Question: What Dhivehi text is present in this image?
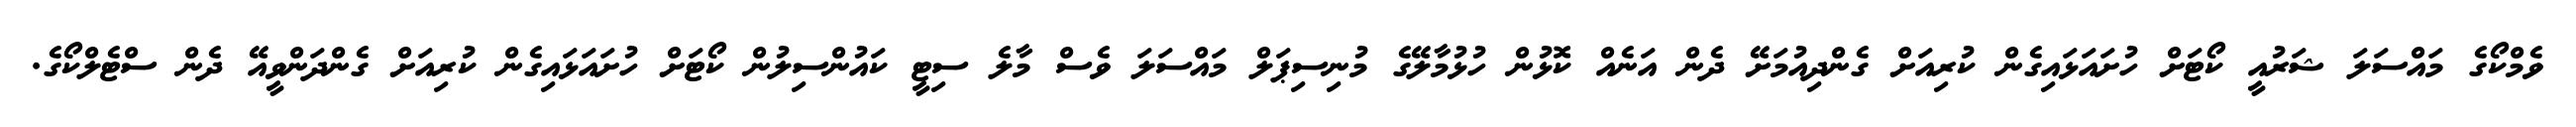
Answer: ވެމްކޯގެ މައްސަލަ ޝަރުއީ ކޯޓަށް ހުށައަޅައިގެން ކުރިއަށް ގެންދިއުމަށޭ ދެން އަނެއް ކޮޅުން ހުޅުމާލޭގެ މުނިސިޕަލް މައްސަލަ ވެސް މާލެ ސިޓީ ކައުންސިލުން ކޯޓަށް ހުށައަޅައިގެން ކުރިއަށް ގެންދަންވީއޭ ދެން ސްޓެލްކޯގެ.